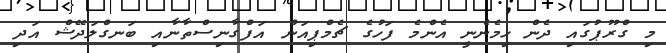
މި ގްރޫޕުގައި ދެން ހިމެނެނީ އެންމެ ފަހުގެ ޗެމްޕިއަން އަފްގާނިސްތާނާއި ބަނގްލަދޭޝް އަދި